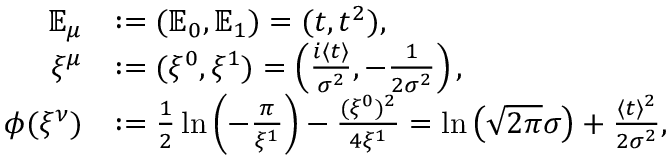
\begin{array} { r l } { \mathbb { E } _ { \mu } } & { : = ( \mathbb { E } _ { 0 } , \mathbb { E } _ { 1 } ) = ( t , t ^ { 2 } ) , } \\ { \xi ^ { \mu } } & { : = ( \xi ^ { 0 } , \xi ^ { 1 } ) = \left( \frac { i \langle t \rangle } { \sigma ^ { 2 } } , - \frac { 1 } { 2 \sigma ^ { 2 } } \right) , } \\ { \phi ( \xi ^ { \nu } ) } & { : = \frac { 1 } { 2 } \ln \left( - \frac { \pi } { \xi ^ { 1 } } \right) - \frac { ( \xi ^ { 0 } ) ^ { 2 } } { 4 \xi ^ { 1 } } = \ln \left( \sqrt { 2 \pi } \sigma \right) + \frac { \langle t \rangle ^ { 2 } } { 2 \sigma ^ { 2 } } , } \end{array}